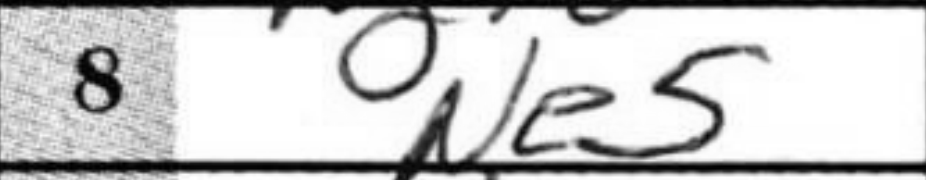
Transcription: Ne5